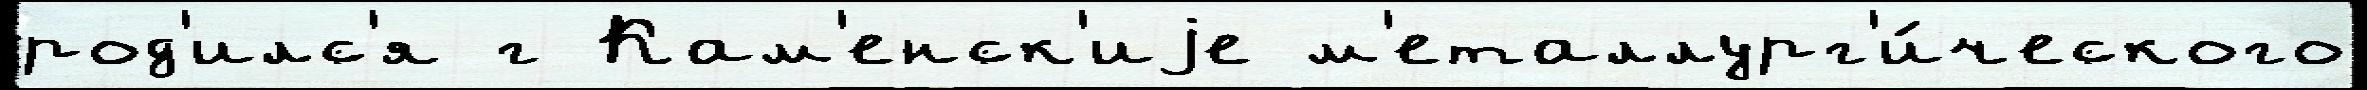
род'илс'я г Кам'енск'иjе м'еталлург'и́ческого